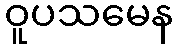
ဝူပသမေန